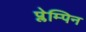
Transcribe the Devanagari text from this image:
प्लेम्पिन